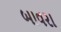
બાવરા